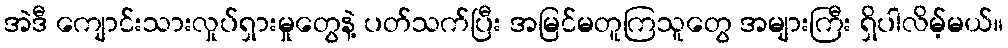
အဲဒီ ကျောင်းသားလှုပ်ရှားမှုတွေနဲ့ ပတ်သက်ပြီး အမြင်မတူကြသူတွေ အများကြီး ရှိပါလိမ့်မယ်။